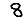
Digit: 8